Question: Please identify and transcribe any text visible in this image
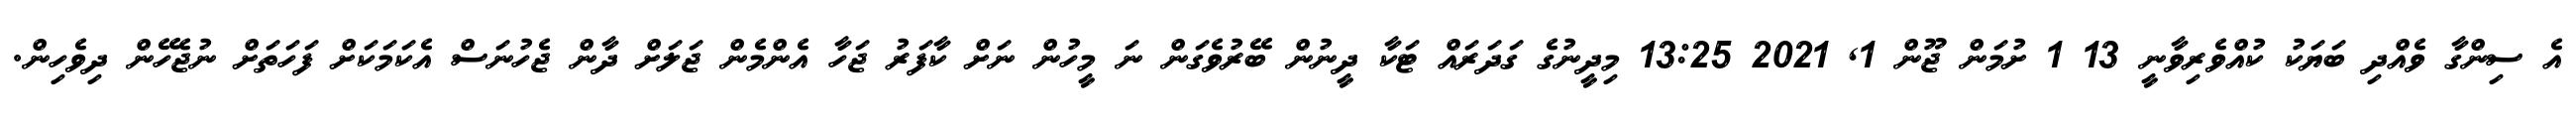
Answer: އެ ސިންގާ ވެއްދި ބަޔަކު ކުއްވެރިވާނީ 13 1 ށުމަން ޖޫން 1, 2021 13:25 މިދީނުގެ ގަދަރައް ޓަކާ ދީނުން ބޭރުވެގަން ނަ މީހުން ނަށް ކާފަރު ޖަހާ އެންމެން ޖަލަށް ދާން ޖެހުނަސް އެކަމަކަށް ފަހަތަށް ނުޖެހޭން ދިވެހިން.